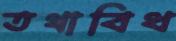
তথাবিধ